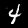
Label: 4